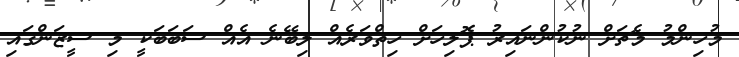
މުހިންމު މެޗަށް ނުކުންނައިރު ޕޮލިހަށް ހިތްވަރެއް ލިބޭނެ އެއް ސަބަބަކީ މި ސީޒަންގައި